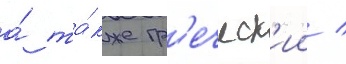
а́ та́кже гр'еческ'ии /